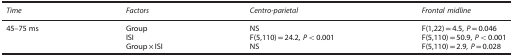
<table><thead><tr><td><b><i>Time</i></b></td><td><b><i>Factors</i></b></td><td><b><i>Centro-parietal</i></b></td><td><b><i>Frontal midline</i></b></td></tr></thead><tbody><tr><td>45–75 ms</td><td>Group</td><td>NS</td><td>F(1,22)=4.5, <i>P</i>=0.046</td></tr><tr><td> </td><td>ISI</td><td>F(5,110)=24.2, <i>P</i>&lt;0.001</td><td>F(5,110)=50.9, <i>P</i>&lt;0.001</td></tr><tr><td> </td><td>Group × ISI</td><td>NS</td><td>F(5,110)=2.9, <i>P</i>=0.028</td></tr></tbody></table>